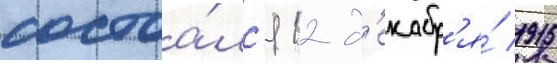
состоа́лс'я 12 д'екабр'я́ 1915